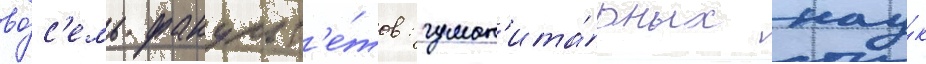
во́с'емь факульт'е́тов: гуман'ита́рных нау́к